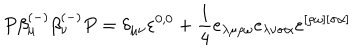
LaTeX: P \beta _ { \mu } ^ { ( - ) } \beta _ { \nu } ^ { ( - ) } P = \delta _ { \mu \nu } \varepsilon ^ { 0 , 0 } + \frac 1 4 e _ { \lambda \mu \rho \omega } e _ { \lambda \nu \sigma \alpha } \varepsilon ^ { [ \rho \omega ] [ \sigma \alpha ] }